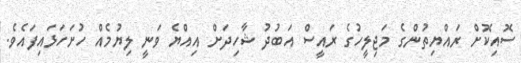
ސޮއިކޮށް ރައްޔިތުންގެ މަޖިލީހުގެ ރައީސް އަބުދު ޝާހިދަށް އިއްޔެ ވަނީ ލިޔުމެއް ހުށަހަޅައިފައެވެ.